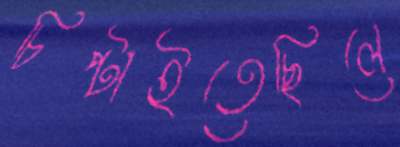
চিপ্‌টাইতেছিলে